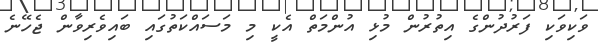
ވަކިވަކި ފަރުދުންގެ އިތުރުން މުޅި އުންމަތް އެކީ މި މަސައްކަތުގައި ބައިވެރިވާން ޖެހޭނެ